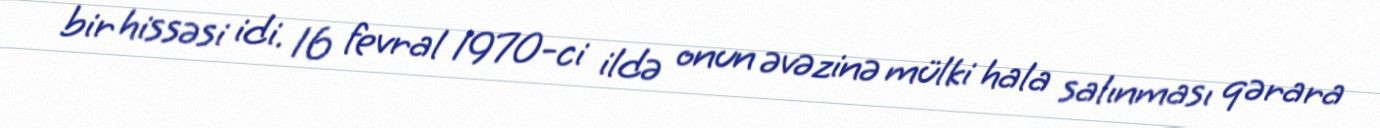
bir hissəsi idi. 16 fevral 1970-ci ildə onun əvəzinə mülki hala salınması qərara